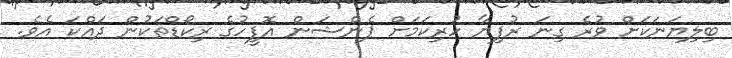
ބިލިޔަނަކަށް ވުރެ ގިނަ ރުފިޔާ ހުރިކަމަށް ޕެންޝަން އޮފީހުގެ ރިކޯޑްތަކުން ދައްކަ އެވެ.